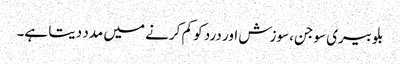
بلوبیری سوجن، سوزش اور درد کو کم کرنے میں مدد دیتا ہے۔